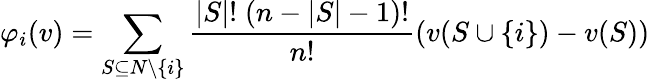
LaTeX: \varphi_{i}(v)=\sum_{S\subseteq N\setminus\{ i\} }{\frac{|S|!\; (n-|S|-1)!}{n!}}(v(S\cup\{ i\} )-v(S))